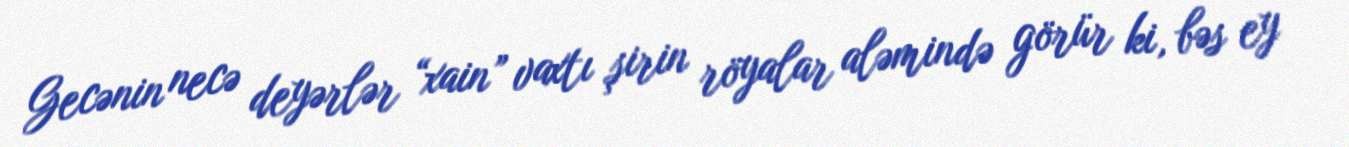
Gecənin necə deyərlər “xain” vaxtı şirin röyalar aləmində görür ki, bəs ey